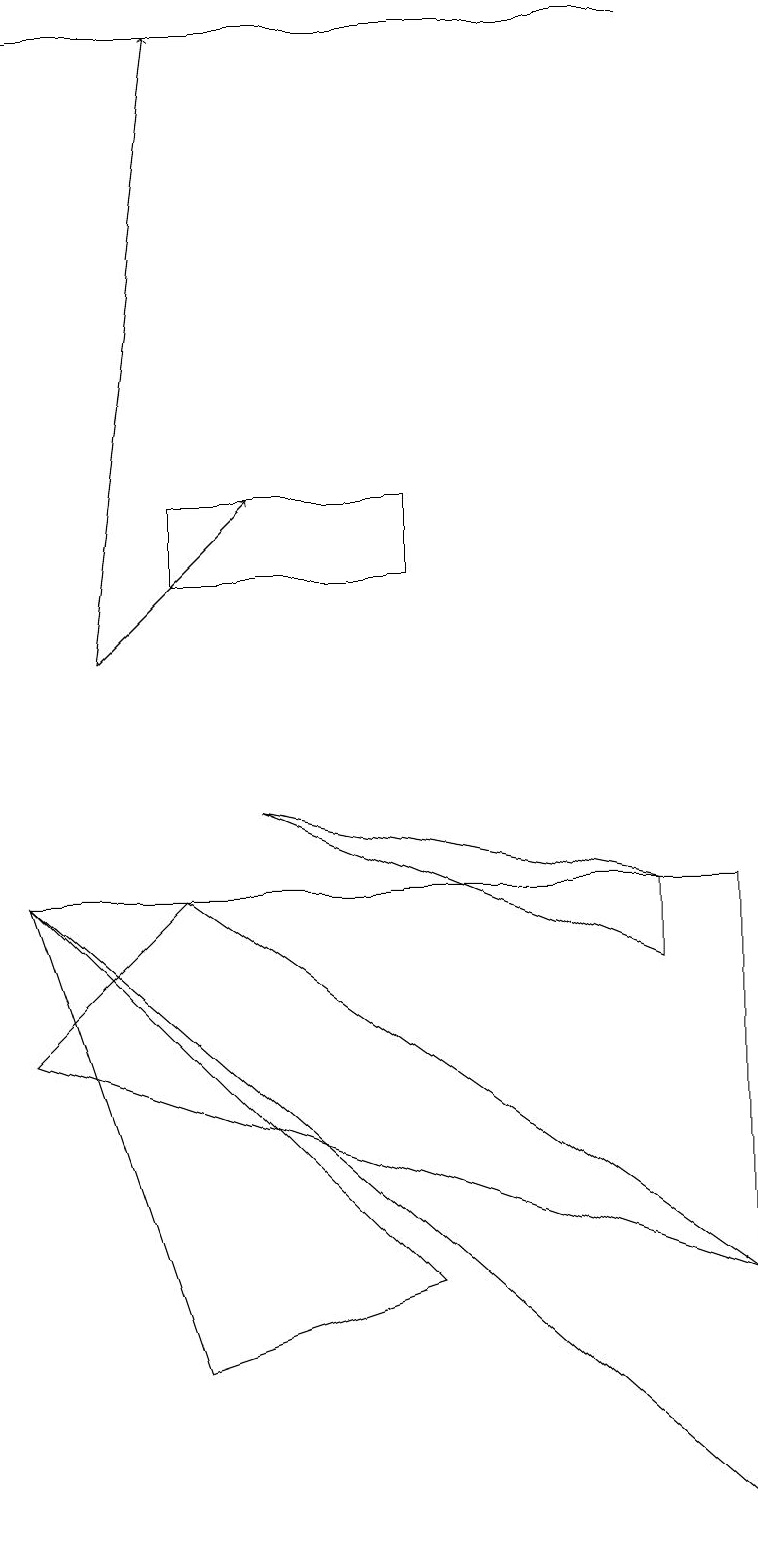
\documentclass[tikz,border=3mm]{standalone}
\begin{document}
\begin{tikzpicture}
\draw[->] (8,19) -- (0,19);
\draw (9,3) -- (0,6) -- (2,8) -- cycle;
\draw (9,0) -- (9,8) -- (0,8) -- cycle;
\draw[->] (1,11) -- (2,19);
\draw[->] (1,11) -- (3,13);
\draw (5,12) rectangle (2,13);
\draw (5,3) -- (2,2) -- (0,8) -- cycle;
\draw (8,7) -- (3,9) -- (8,8) -- cycle;
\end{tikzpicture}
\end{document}